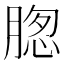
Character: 𮌢